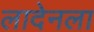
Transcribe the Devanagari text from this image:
लादेनला